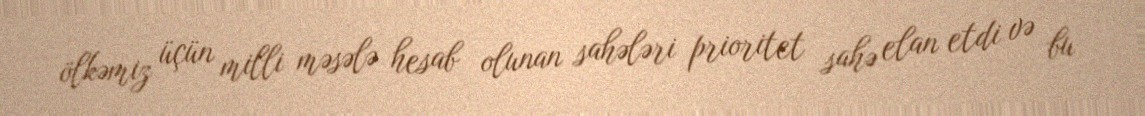
ölkəmiz üçün milli məsələ hesab olunan sahələri prioritet sahə elan etdi və bu